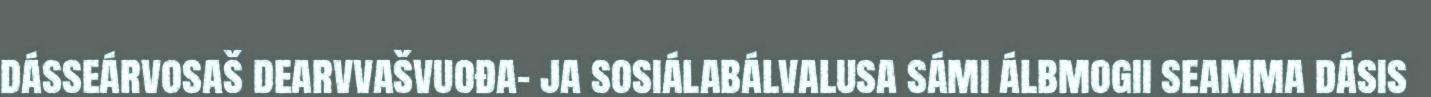
dásseárvosaš dearvvašvuođa- ja sosiálabálvalusa sámi álbmogii seamma dásis